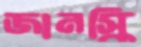
জানস্কি